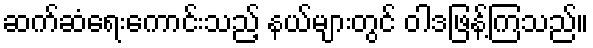
ဆက်ဆံရေးကောင်းသည့် နယ်များတွင် ဝါဒဖြန့်ကြသည်။